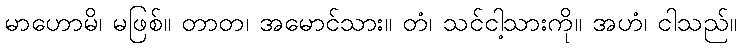
မာဟောမိ၊ မဖြစ်။ တာတ၊ အမောင်သား။ တံ၊ သင်ငါ့သားကို။ အဟံ၊ ငါသည်။